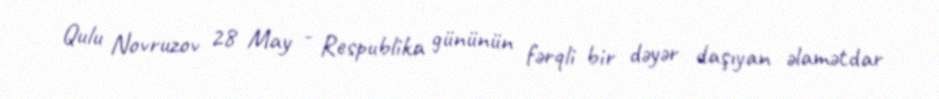
Qulu Novruzov 28 May - Respublika gününün fərqli bir dəyər daşıyan əlamətdar